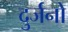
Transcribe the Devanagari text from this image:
दुर्जनो